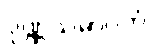
ပုဏ္ဏသမာဂတံ